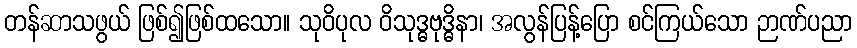
တန်ဆာသဖွယ် ဖြစ်၍ဖြစ်ထသော။ သုဝိပုလ ဝိသုဒ္ဓဗုဒ္ဓိနာ၊ အလွန်ပြန့်ပြော စင်ကြယ်သော ဉာဏ်ပညာ